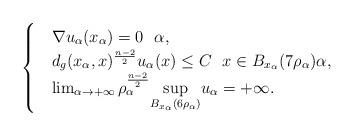
LaTeX: \begin{align*}\begin{cases}&\nabla u_\alpha(x_\alpha)=0 ~~ \alpha,\\&d_g(x_\alpha,x)^{\frac{n-2}{2}}u_\alpha(x) \leq C~~ x\in B_{x_\alpha}(7\rho_\alpha) \alpha,\\&\lim_{\alpha\to +\infty} \rho_\alpha^{\frac{n-2}{2}}\underset{B_{x_\alpha}(6\rho_\alpha)}{\sup}u_\alpha=+\infty.\end{cases}\end{align*}